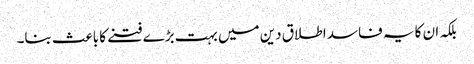
بلکہ ان کا یہ فاسد اطلاق دین میں بہت بڑے فتنے کا باعث بنا۔